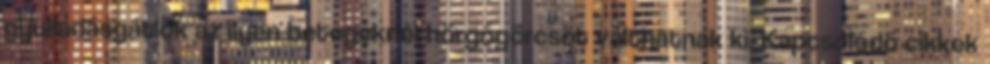
gyulladásgátlók az ilyen betegeknél hörgőgörcsöt válthatnak ki. Kapcsolódó cikkek